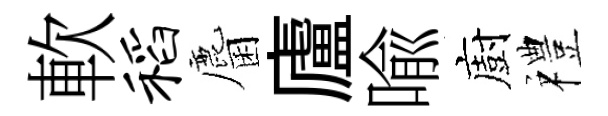
軟稻麕廬喩廚禮